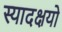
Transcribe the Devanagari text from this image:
स्यादक्षयो